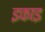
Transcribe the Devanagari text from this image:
इकाइ